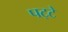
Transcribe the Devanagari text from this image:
पट्‍टे